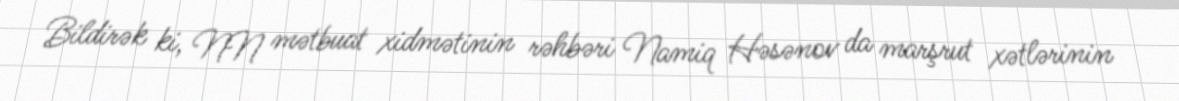
Bildirək ki, NN mətbuat xidmətinin rəhbəri Namiq Həsənov da marşrut xətlərinin